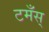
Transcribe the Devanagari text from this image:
टमँस्